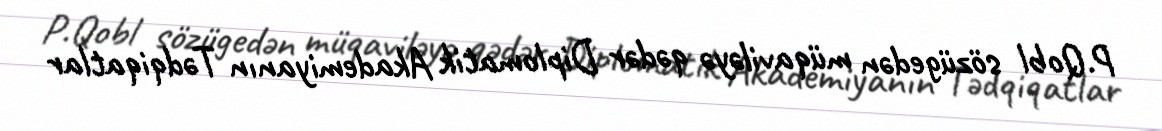
P.Qobl sözügedən müqaviləyə qədər Diplomatik Akademiyanın Tədqiqatlar